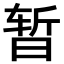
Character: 暂